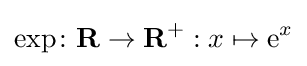
\exp \colon \mathbf {R} \to \mathbf {R} ^{+}:x\mapsto \mathrm {e} ^{x}